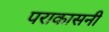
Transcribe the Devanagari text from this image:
पराकासनी